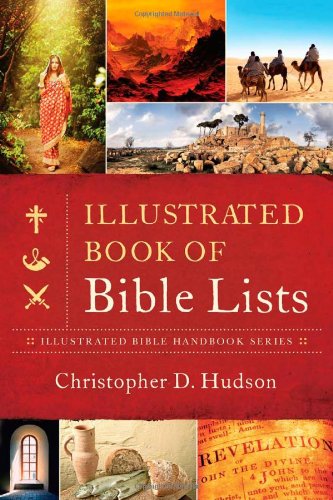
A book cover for THE ILLUSTRATED BOOK OF BIBLE LISTS (Illustrated Bible Handbook Series); Christopher D. Hudson; Christian Books & Bibles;